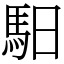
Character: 馹